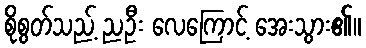
စိုစွတ်သည့် ညဦး လေကြောင့် အေးသွား၏။